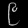
Digit: ၉